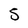
Character: 5